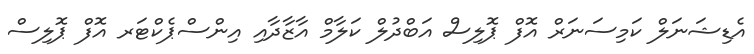
އެޑިޝަނަލް ކަމިސަނަރް އޮފް ޕޮލިސް އަބްދުލް ކަލާމް އާޒާދާއި އިންސްޕެކްޓަރ އޮފް ޕޮލިސް